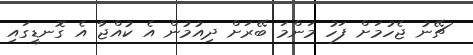
ޗޭނު ޖެހުމަށް ފަހު މަންމަ ބޭރަށް ދިއުމުން އެ ކުއްޖާ އެ ގޮނޑީގައި